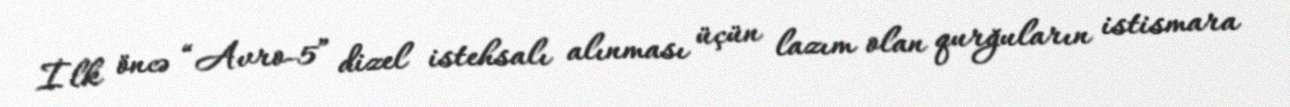
İlk öncə “Avro-5” dizel istehsalı alınması üçün lazım olan qurğuların istismara